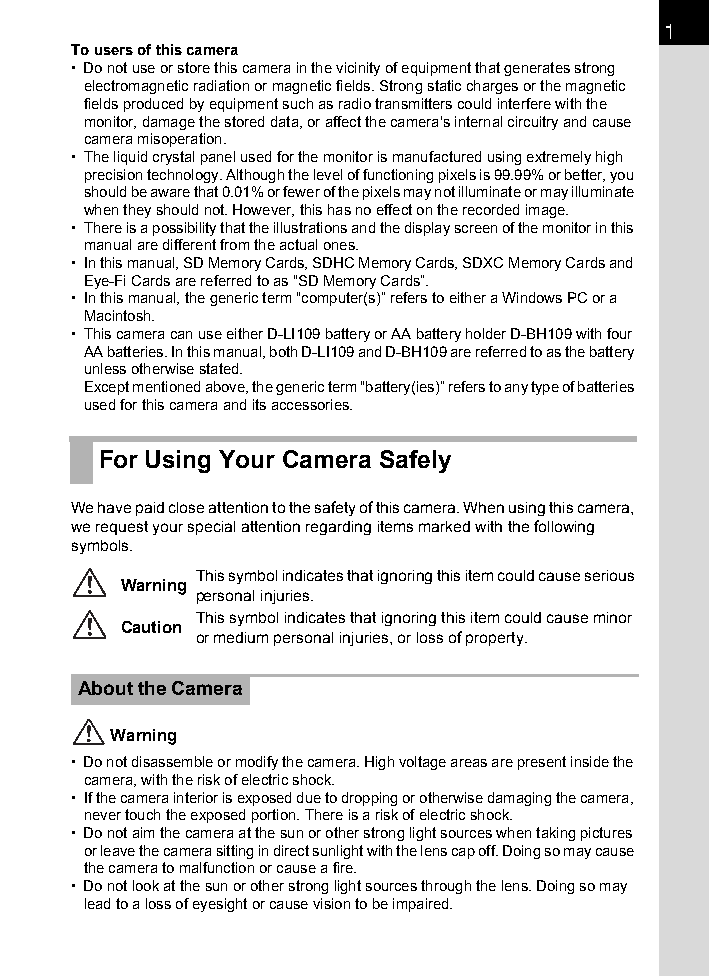
1
 To users of this camera
 • Do not use or store this camera in the vicinity of equipment that generates strong
 electromagnetic radiation or magnetic fields. Strong static charges or the magnetic
 fields produced by equipment such as radio transmitters could interfere with the
 monitor, damage the stored data, or affect the camera’s internal circuitry and cause
 camera misoperation.
 • The liquid crystal panel used for the monitor is manufactured using extremely high
 precision technology. Although the level of functioning pixels is 99.99% or better, you
 should be aware that 0.01% or fewer of the pixels may not illuminate or may illuminate
 when they should not. However, this has no effect on the recorded image.
 • There is a possibility that the illustrations and the display screen of the monitor in this
 manual are different from the actual ones.
 • In this manual, SD Memory Cards, SDHC Memory Cards, SDXC Memory Cards and
 Eye-Fi Cards are referred to as “SD Memory Cards”.
 • In this manual, the generic term “computer(s)” refers to either a Windows PC or a
 Macintosh.
 • This camera can use either D-LI109 battery or AA battery holder D-BH109 with four
 AA batteries. In this manual, both D-LI109 and D-BH109 are referred to as the battery
 unless otherwise stated.
 Except mentioned above, the generic term “battery(ies)” refers to any type of batteries
 used for this camera and its accessories.
 For Using Your Camera Safely
 We have paid close attention to the safety of this camera. When using this camera,
 we request your special attention regarding items marked with the following
 symbols.
 This symbol indicates that ignoring this item could cause serious
 Warning
 personal injuries.
 This symbol indicates that ignoring this item could cause minor
 Caution
 or medium personal injuries, or loss of property.
 About the Camera
 Warning
 • Do not disassemble or modify the camera. High voltage areas are present inside the
 camera, with the risk of electric shock.
 • If the camera interior is exposed due to dropping or otherwise damaging the camera,
 never touch the exposed portion. There is a risk of electric shock.
 • Do not aim the camera at the sun or other strong light sources when taking pictures
 or leave the camera sitting in direct sunlight with the lens cap off. Doing so may cause
 the camera to malfunction or cause a fire.
 • Do not look at the sun or other strong light sources through the lens. Doing so may
 lead to a loss of eyesight or cause vision to be impaired.